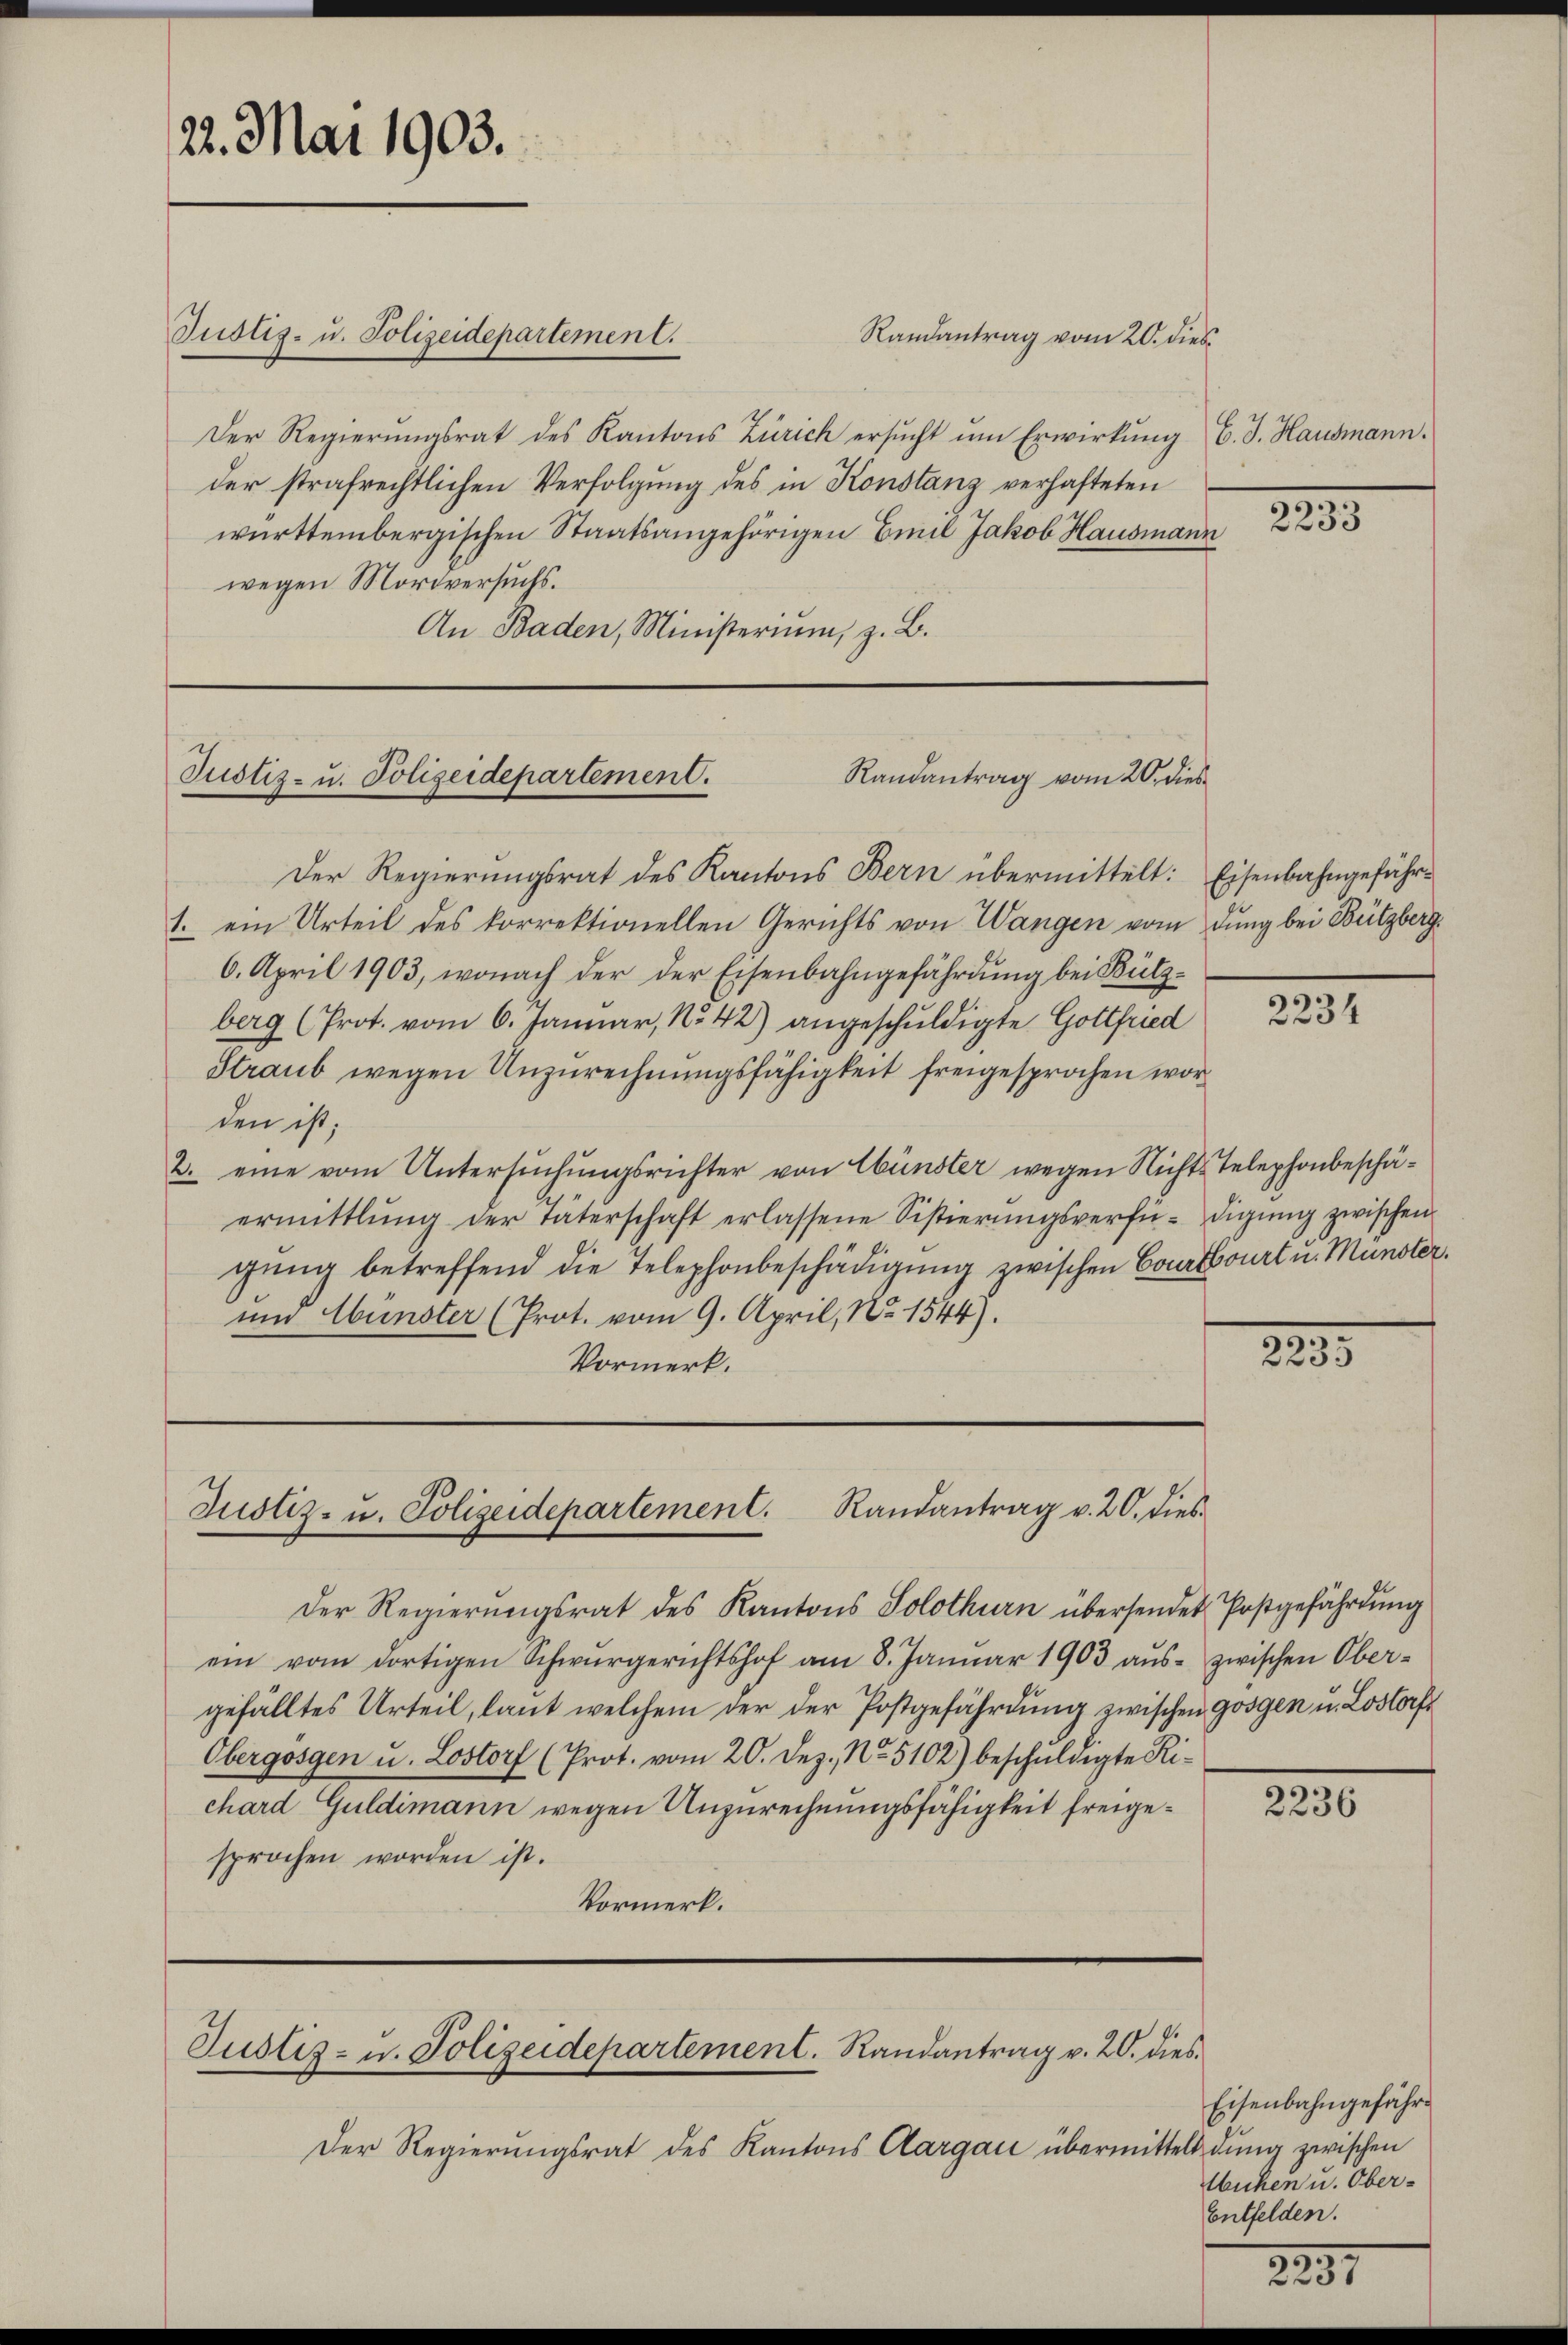
22. Mai 1903.

Justiz- u. Polizeidepartement.

Randantrag vom 20. dies

Der Regierungsrat des Kantons Zürich ersŭcht ŭm Erwirkung C. J. Hausmann.
der strafrechtlichen Verfolgung des in Konstanz verhafteten
württembergischen Staatsangehörigen Emil Jakob Hausmann
wegen Mordversuchs.
An Baden, Ministerium, z. B.

Randantrag vom 20. dies
Justiz- u. Polizeidepartement.

Der Regierungsrat des Kantons Bern übermittelt: Eisenbahngefähr¬
1. ein Urteil des korrektionellen Gerichts von Wangen vom dung bei Bützberg¬
6. April 1903, wonach der der Eisenbahngefährdung bei Bützberg (Prot. vom 6. Januar, No 42) angeschuldigte Gottfried
Straub wegen Anzurechnungsfähigkeit freigesprochen worden ist,
2. eine vom Untersuchungsrichter von Ebünster wegen Nichts-Telephonbeschäermittlung der Täterschaft erlassene Sistierŭngsverfü-digŭng zwischen
gung betreffend die Telephonbeschädigung zwischen Courtbourt u. Münster.
und Wünster (Prot. vom 9. April, No 1544).
Vormerk.

Justiz- u. Polizeidepartement. Randantrag v. 20. dies

Der Regierungsrat des Kantons Solothurn übersendet Postgefährdung
ein vom dortigen Schwurgerichtshof am 8. Januar 1903 aŭs- zwischen Ober-
gefälltes Urteil, laut welchem der der Postgefährdung zwischen Gossen u. Lostorf
Obergossen u. Lostorf (Prot. vom 20. Dez. No. 5102) beschuldigte Richard Guldimann wegen Unzurechnungsfähigkeit freigesprochen worden ist.
Vormerk.

Justiz- u. Polizeidepartement. Randantrag v. 20. dies

Der Regierungsrat des Kantons Aargau übermittels dung zwischen

22

2234

223

2236

Eisenbahngefähr
Wuchen u. Ober-
Entfelden.

2251